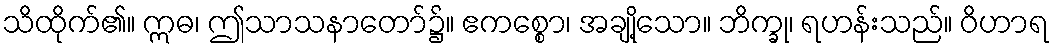
သိထိုက်၏။ ဣဓ၊ ဤသာသနာတော်၌။ ဧကစ္စော၊ အချို့သော။ ဘိက္ခု၊ ရဟန်းသည်။ ဝိဟာရ